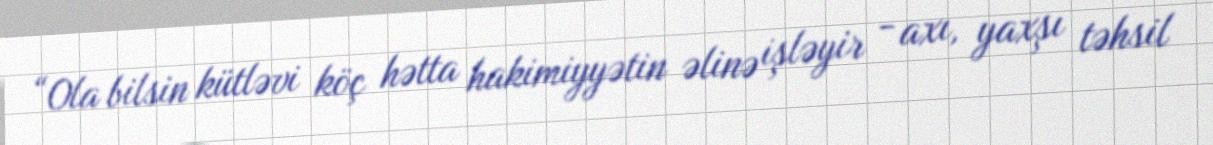
“Ola bilsin kütləvi köç hətta hakimiyyətin əlinə işləyir - axı, yaxşı təhsil